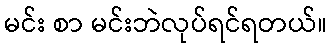
မင်း စာ မင်းဘဲလုပ်ရင်ရတယ်။